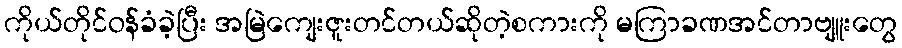
ကိုယ်တိုင်ဝန်ခံခဲ့ပြီး အမြဲကျေးဇူးတင်တယ်ဆိုတဲ့စကားကို မကြာခဏအင်တာဗျူးတွေ